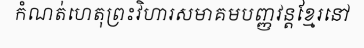
កំណត់ហេតុព្រះវិហារសមាគមបញ្ញវន្តខ្មែរនៅ